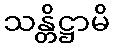
သန္တိဋ္ဌာမိ